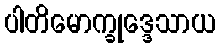
ပါတိမောက္ခုဒ္ဒေသာယ